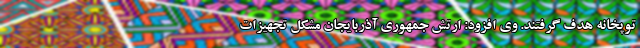
توپخانه هدف گرفتند. وی افزود: ارتش جمهوری آذربایجان مشکل تجهیزات